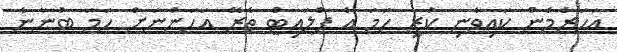
އަހަރެމެން ކައިވެނި ކުރީ ހަމަ އެ ފްލައިޓް ތެރޭ އަހަންނަށް ހަމަ ބުނާނެ